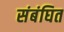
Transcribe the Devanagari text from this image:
संबंघित